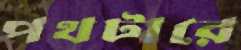
পথটারে